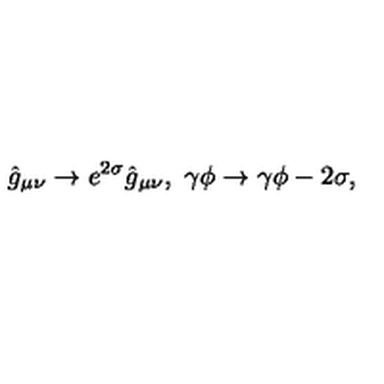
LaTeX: \hat { g } _ { \mu \nu } \to e ^ { 2 \sigma } \hat { g } _ { \mu \nu } , \ \gamma \phi \to \gamma \phi - 2 \sigma ,